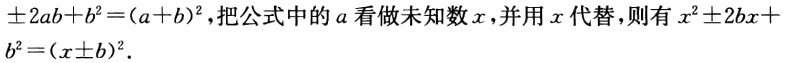
\(\pm 2ab + b^{2}=(a + b)^{2}\)，把公式中的\(a\)看做未知数\(x\)，并用\(x\)代替，则有\(x^{2}\pm 2bx + b^{2}=(x\pm b)^{2}\)．